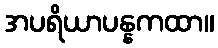
အပရိယာပန္နကထာ။